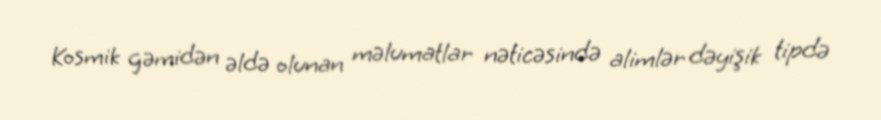
Kosmik gəmidən əldə olunan məlumatlar nəticəsində alimlər dəyişik tipdə